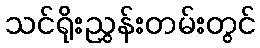
သင်ရိုးညွှန်းတမ်းတွင်